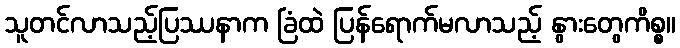
သူတင်လာသည့်ပြဿနာက ခြံထဲ ပြန်ရောက်မလာသည့် နွားတွေကိစ္စ။